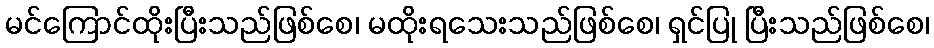
မင်ကြောင်ထိုးပြီးသည်ဖြစ်စေ၊ မထိုးရသေးသည်ဖြစ်စေ၊ ရှင်ပြု ပြီးသည်ဖြစ်စေ၊